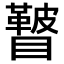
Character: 𥌕